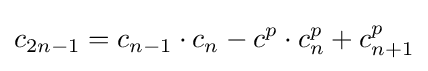
c_{2n-1}=c_{n-1}\cdot c_{n}-c^{p}\cdot c_{n}^{p}+c_{n+1}^{p}